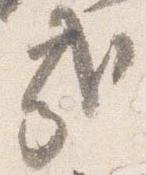
哉